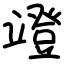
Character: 竳